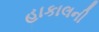
હાકાલની